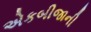
એકબીજાની